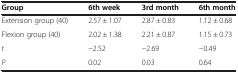
| Group | 6th week | 3rd month | 6th month |
 | --- | --- | --- | --- |
 | Extension group (40) | 2.57 ± 1.07 | 2.87 ± 0.83 | 1.12 ± 0.68 |
 | Flexion group (40) | 2.02 ± 1.38 | 2.21 ± 0.87 | 1.15 ± 0.73 |
 | t | −2.52 | −2.69 | −0.49 |
 | P | 0.02 | 0.03 | 0.64 |